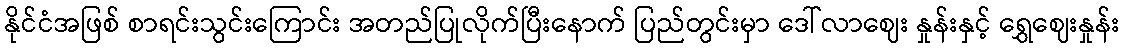
နိုင်ငံအဖြစ် စာရင်းသွင်းကြောင်း အတည်ပြုလိုက်ပြီးနောက် ပြည်တွင်းမှာ ဒေါ်လာဈေး နှုန်းနှင့် ရွှေဈေးနှုန်း